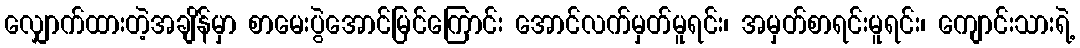
လျှောက်ထားတဲ့အချိန်မှာ စာမေးပွဲအောင်မြင်ကြောင်း အောင်လက်မှတ်မူရင်း၊ အမှတ်စာရင်းမူရင်း၊ ကျောင်းသားရဲ့